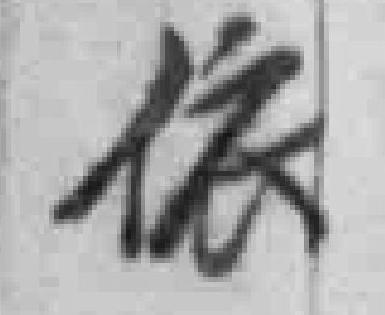
依